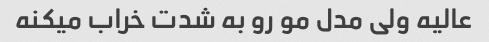
عالیه ولی مدل مو رو به شدت خراب میکنه